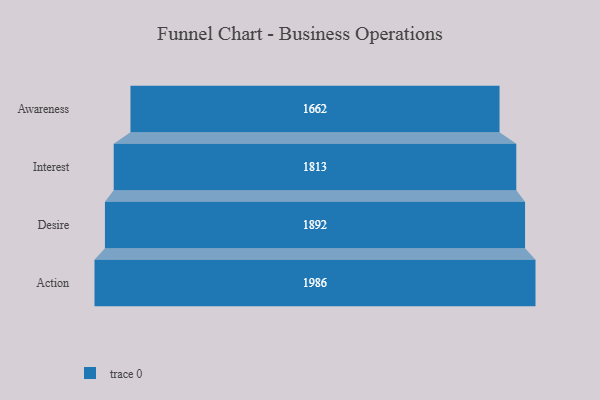
{"axis": {"x": "Stage", "y": "Value"}, "legend": [""], "data": [{"x": "Awareness", "y": 1662.0, "type": ""}, {"x": "Interest", "y": 1813.0, "type": ""}, {"x": "Desire", "y": 1892.0, "type": ""}, {"x": "Action", "y": 1986.0, "type": ""}]}